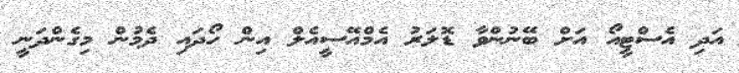
އަދި އެސްޓީއޯ އަށް ބޭނުންވާ ޑޮލަރު އެމްއޭސީއެލް އިން ހޯދައި ދެމުން މިގެންދަނީ